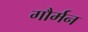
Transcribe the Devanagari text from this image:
गौर्मन